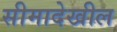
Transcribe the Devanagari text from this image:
सीमादेखील